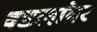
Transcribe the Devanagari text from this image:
वडलांवर